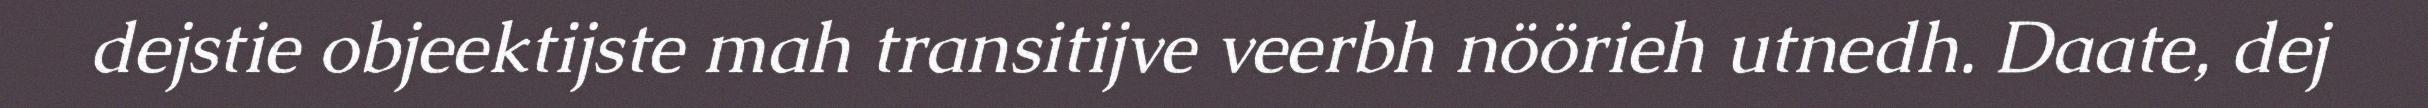
dejstie objeektijste mah transitijve veerbh nöörieh utnedh. Daate, dej